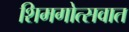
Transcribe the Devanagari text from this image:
शिमगोत्सवात